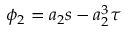
\phi _ { 2 } = a _ { 2 } s - a _ { 2 } ^ { 3 } \tau